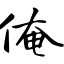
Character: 俺